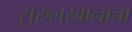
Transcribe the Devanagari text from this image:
सुरुलखानाचा